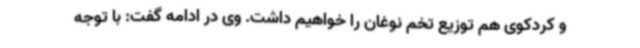
و کردکوی هم توزیع تخم نوغان را خواهیم داشت. وی در ادامه گفت: با توجه